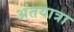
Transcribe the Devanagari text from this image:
अंतयात्रा